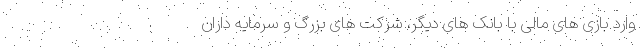
وارد بازی های مالی با بانک های دیگر، شرکت های بزرگ و سرمایه داران